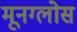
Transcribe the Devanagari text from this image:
मूनग्लोस